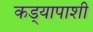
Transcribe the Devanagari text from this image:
कड्यापाशी